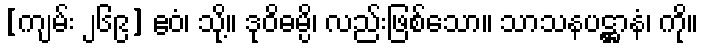
[ကျမ်း ၂၆၉] ဧဝံ၊ သို့။ ဒုဝိဓမ္ပိ၊ လည်းဖြစ်သော။ သာသနပဋ္ဌာနံ၊ ကို။